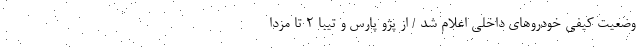
وضعیت کیفی خودروهای داخلی اعلام شد / از پژو پارس و تیبا 2 تا مزدا